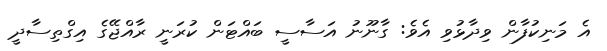
އެ މަނިކުފާން ވިދާޅުވި އެވެ: ގާނޫނު އަސާސީ ބައްޓަން ކުރަނީ ރާއްޖޭގެ އިގްތިސާދީ